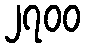
၂၇၀၀